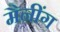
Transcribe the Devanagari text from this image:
मैनींग